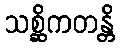
သစ္ဆိကတန္တိ